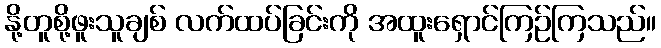
နို့တူစို့ဖူးသူချစ် လက်ထပ်ခြင်းကို အထူးရှောင်ကြဉ်ကြသည်။